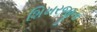
શિખરજીના